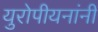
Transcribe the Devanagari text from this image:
युरोपीयनांनी